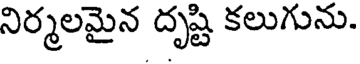
నిర్మలమైన దృష్టి కలుగును.